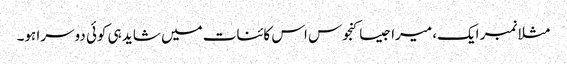
مثلا نمبر ایک، میرا جیسا کنجوس اس کائنات میں شاید ہی کوئی دوسرا ہو۔